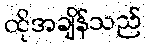
ထိုအချိန်သည်